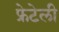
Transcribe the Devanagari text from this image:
फ्रेटेली